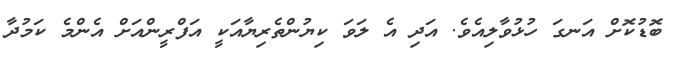
ބޮޑުކޮށް އަނގަ ހުޅުވާލިއެވެ. އަދި އެ ލަވަ ކިޔުންތެރިޔާއަކީ އަފްރީންއަށް އެންމެ ކަމުދާ